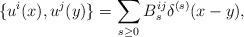
LaTeX: \begin{align*}\{u^i(x), u^j(y) \} = \sum_{s\geq0} B_s^{ij} \delta^{(s)}(x-y),\end{align*}